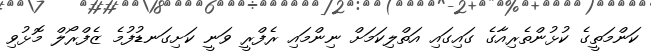
ކަންމަތީގެ ކުޅުންތެރިއާގެ ގައިގައި އަތްލިކަމަށް ނިންމައި ރެފްރީ ވަނީ ކަށިގަނޑުފުމެ ޒެފްރޯލް މޮޅުވި